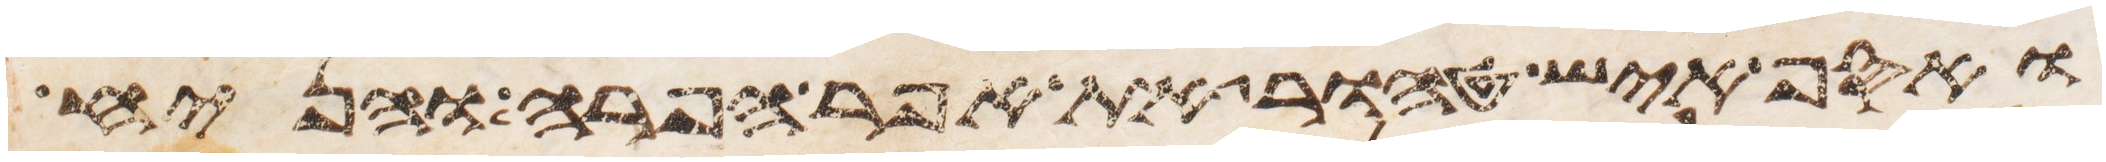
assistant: ואסף איש טהור את אפר הפרה והניח